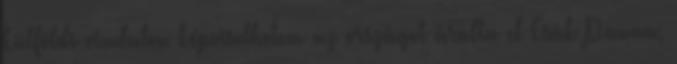
külföldi viadalon képviselhetem az országot árulta el Csák Panna,